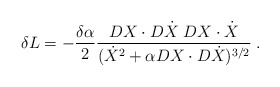
\begin{align*} \delta L = -{\delta \alpha \over 2} {DX\cdot D\dot X\; DX\cdot \dot X \over (\dot X^2 +\alpha DX\cdot D\dot X)^{3/2}}\;.\end{align*}